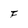
Character: F